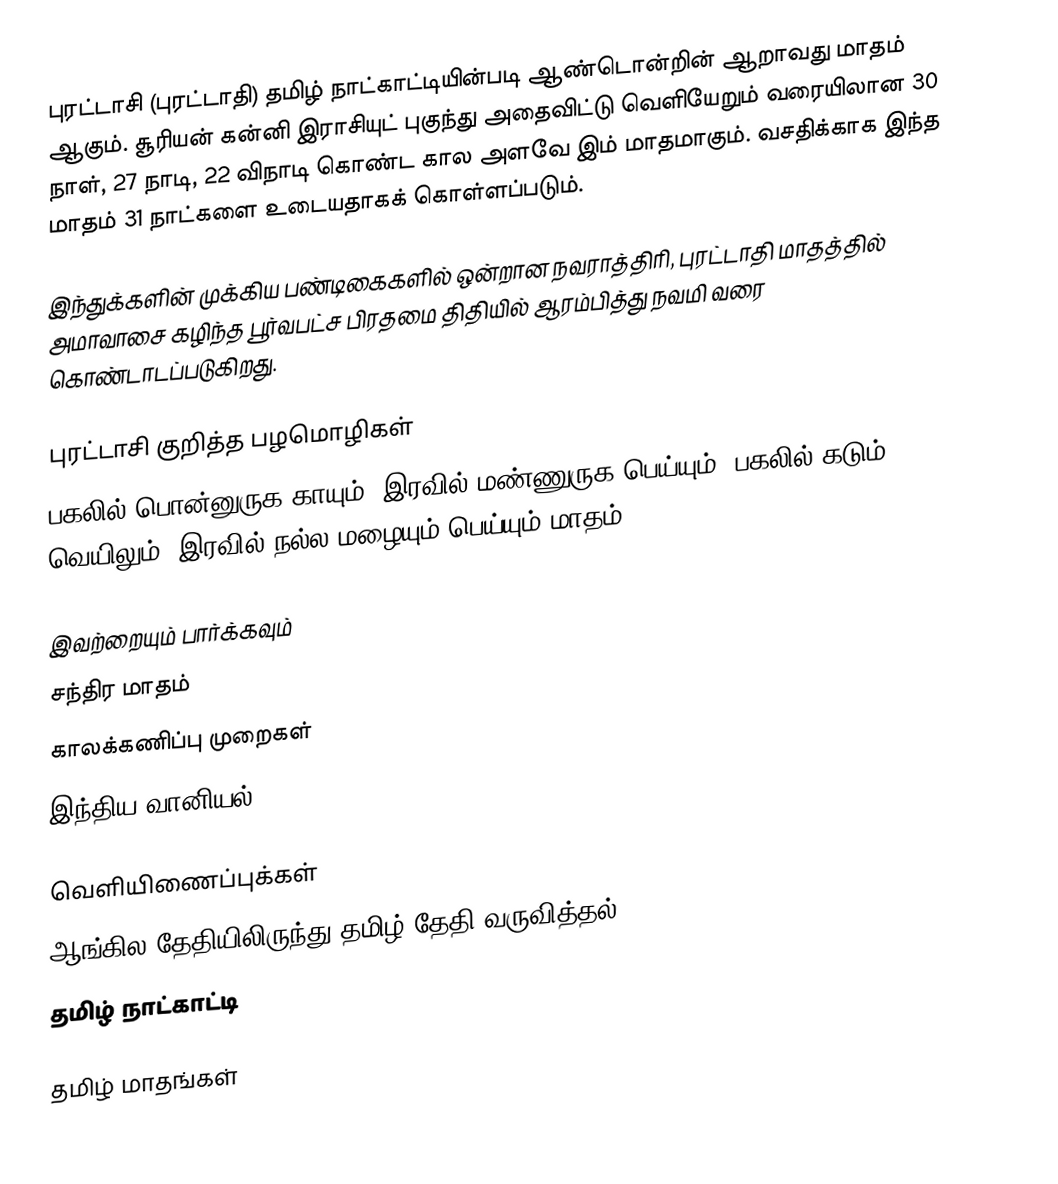
புரட்டாசி (புரட்டாதி) தமிழ் நாட்காட்டியின்படி ஆண்டொன்றின் ஆறாவது மாதம் ஆகும். சூரியன் கன்னி இராசியுட் புகுந்து அதைவிட்டு வெளியேறும் வரையிலான 30 நாள், 27 நாடி, 22 விநாடி கொண்ட கால அளவே இம் மாதமாகும். வசதிக்காக இந்த மாதம் 31 நாட்களை உடையதாகக் கொள்ளப்படும்.

இந்துக்களின் முக்கிய பண்டிகைகளில் ஒன்றான நவராத்திரி, புரட்டாதி மாதத்தில் அமாவாசை கழிந்த பூர்வபட்ச பிரதமை திதியில் ஆரம்பித்து நவமி வரை கொண்டாடப்படுகிறது.

புரட்டாசி குறித்த பழமொழிகள்
பகலில் பொன்னுருக காயும், இரவில் மண்ணுருக பெய்யும் (பகலில் கடும் வெயிலும், இரவில் நல்ல மழையும் பெய்யும் மாதம்).

இவற்றையும் பார்க்கவும்
 சந்திர மாதம்
 காலக்கணிப்பு முறைகள்
 இந்திய வானியல்

வெளியிணைப்புக்கள்
ஆங்கில தேதியிலிருந்து தமிழ் தேதி வருவித்தல்
தமிழ் நாட்காட்டி

தமிழ் மாதங்கள்